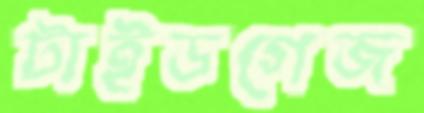
টাইডগেজ